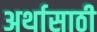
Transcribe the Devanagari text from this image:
अर्थासाठी